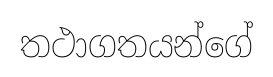
තථාගතයන්ගේ